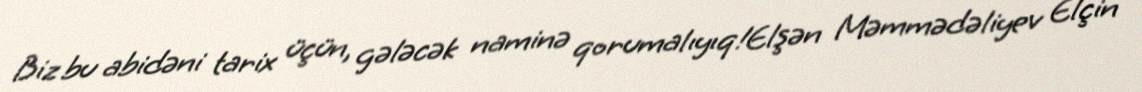
Biz bu abidəni tarix üçün, gələcək naminə qorumalıyıq!Elşən Məmmədəliyev Elçin